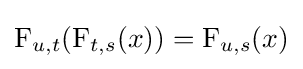
\operatorname {F} _{u,t}(\operatorname {F} _{t,s}(x))=\operatorname {F} _{u,s}(x)